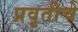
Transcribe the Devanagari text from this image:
प्रवृतीचे